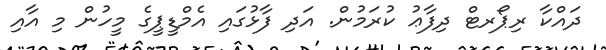
ދައްކާ ރިޕޯރޓް ދިފާޢު ކުރަމުން. އަދި ފާޅުގައި އެމްޑީޕީގެ މީހުން މި އާއި